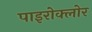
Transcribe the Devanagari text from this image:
पाइरोक्लोर